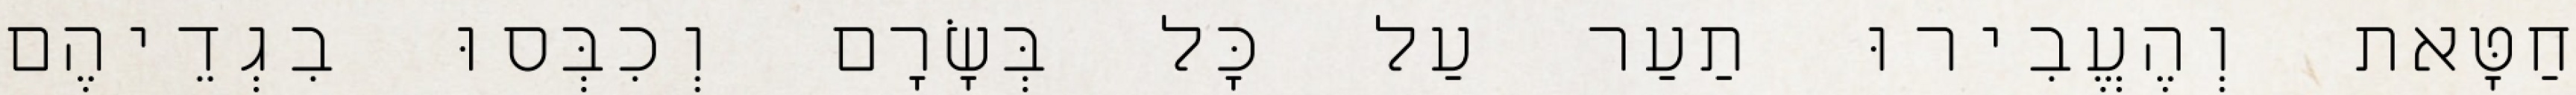
חַטָּאת וְהֶעֱבִירוּ תַעַר עַל כָּל בְּשָׂרָם וְכִבְּסוּ בִגְדֵיהֶם